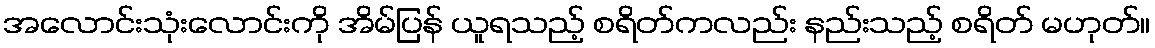
အလောင်းသုံးလောင်းကို အိမ်ပြန် ယူရသည့် စရိတ်ကလည်း နည်းသည့် စရိတ် မဟုတ်။